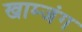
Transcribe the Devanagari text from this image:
खाम्जंग